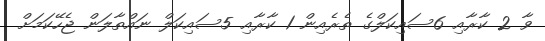
ވާ 2 ކާރާއި 6ސައިކަލްގެ ތެރެއިން 1 ކާރާއި 5ސައިކަލް ނައްތާލަން ޖެހޭކަމަށް